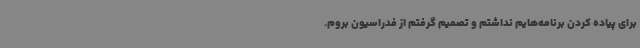
برای پیاده کردن برنامه‌هایم نداشتم و تصمیم گرفتم از فدراسیون بروم.